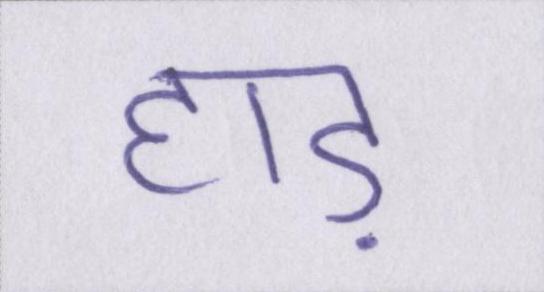
हाड़